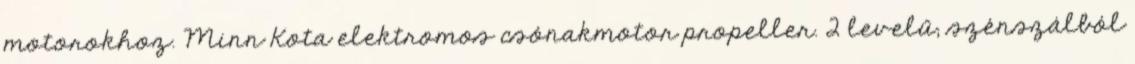
motorokhoz. Minn Kota elektromos csónakmotor propeller. 2 levelű; szénszálból